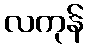
လကုန်